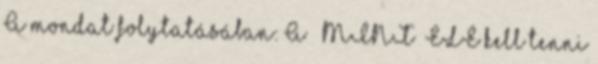
A mondat folytatásában: A ” MINT” ELÉ kell tenni